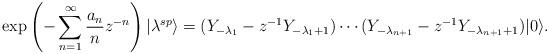
LaTeX: \begin{align*}\exp\left(-\sum^\infty_{n=1}\frac{a_n}{n}z^{-n}\right)|\lambda^{sp}\rangle=(Y_{-\lambda_1}-z^{-1}Y_{-\lambda_1+1})\cdots (Y_{-\lambda_{n+1}}-z^{-1}Y_{-\lambda_{n+1}+1})|0\rangle.\end{align*}